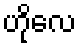
ဟိုလေ